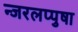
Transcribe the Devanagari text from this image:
न्जरलप्पुषा